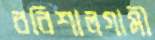
বরিশালগামী